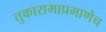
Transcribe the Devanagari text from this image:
तुकारामाप्रमाणेच